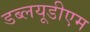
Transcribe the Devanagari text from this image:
डब्लयूडीएम